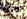
يحدث